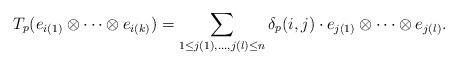
LaTeX: \begin{gather*}T_p(e_{i(1)} \otimes \dotsm \otimes e_{i(k)}) = \sum_{1 \leq j(1), \dotsc, j(l) \leq n} \delta_p(i, j) \cdot e_{j(1)} \otimes \dotsm \otimes e_{j(l)}. \end{gather*}